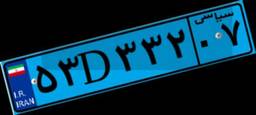
۵۳D۳۳۲۰۷